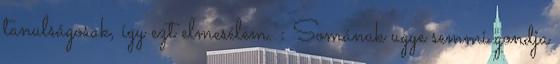
tanulságosak, így ezt elmesélem. : Somának ugye semmi gondja